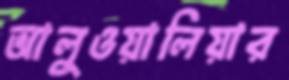
আলুওয়ালিয়ার